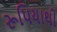
રૂપિયાથી